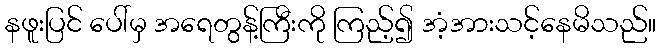
နဖူးပြင် ပေါ်မှ အရေတွန့်ကြီးကို ကြည့်၍ အံ့အားသင့်နေမိသည်။